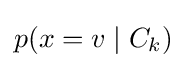
p(x=v\mid C_{k})